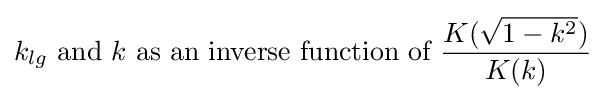
{\begin{aligned}&k_{lg}{\text{ and }}k{\text{ as an inverse function of }}{\frac {K({\sqrt {1-k^{2}}})}{K(k)}}\\\end{aligned}}